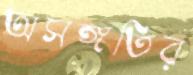
অসঙ্গতির